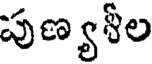
పుణ్యశీల